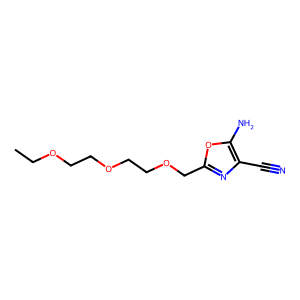
SMILES: CCOCCOCCOCc1nc(C#N)c(N)o1
Inhibits HIV replication: No